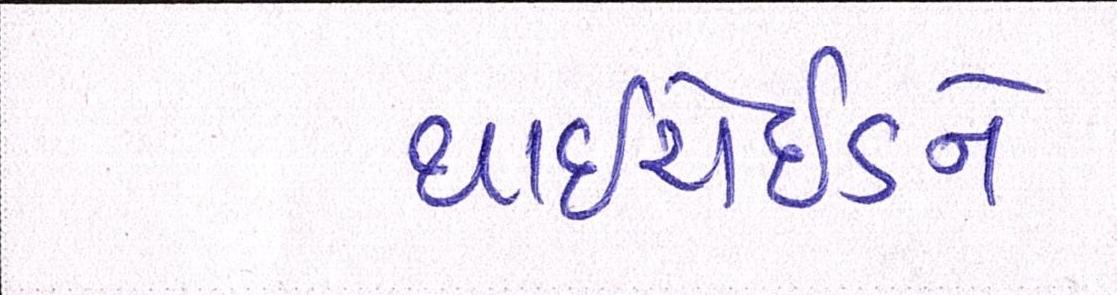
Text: થાઈરોઈડને